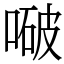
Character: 㗞